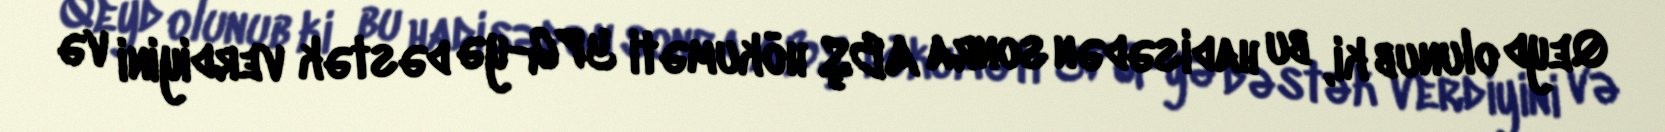
Qeyd olunub ki, bu hadisədən sonra ABŞ hökuməti YPG-yə dəstək verdiyini və